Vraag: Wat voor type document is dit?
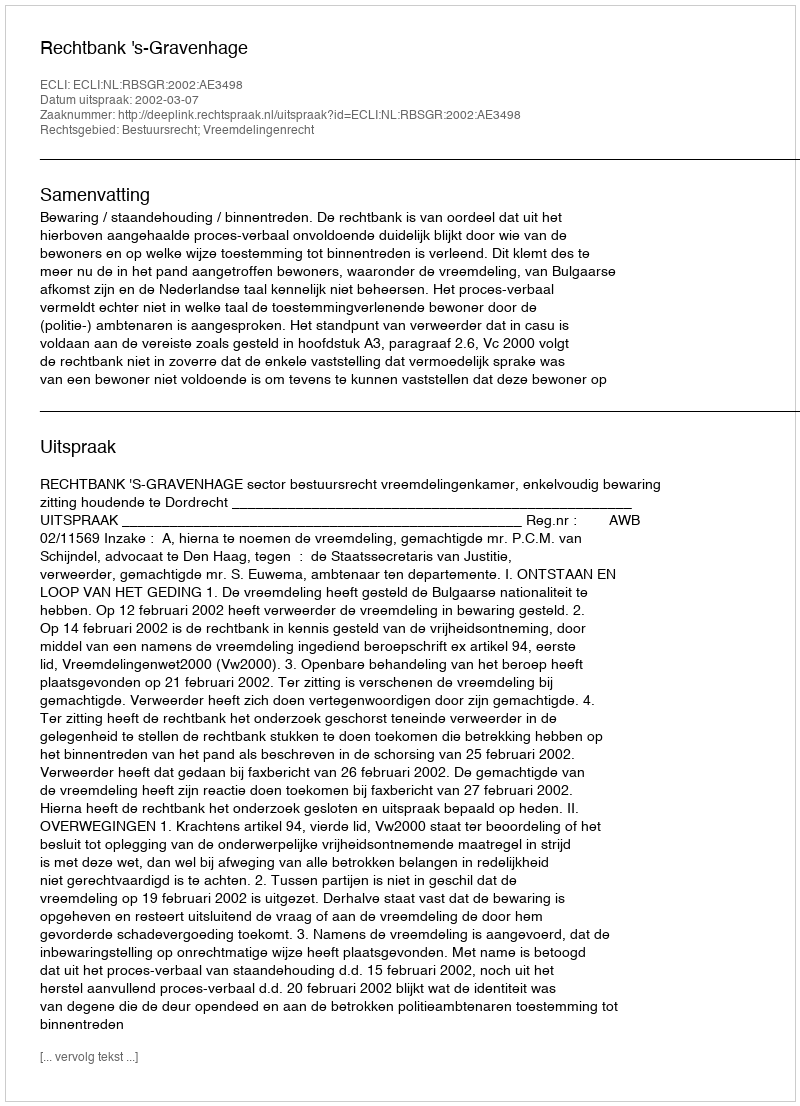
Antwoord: Uitspraak